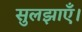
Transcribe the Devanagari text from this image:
सुलझाएँ।